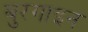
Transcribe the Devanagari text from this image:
बुरगाइन